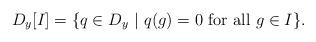
LaTeX: \begin{align*}D_y[I] = \{q\in D_y~|~q(g)=0\hbox{~for all~}g\in I\}.\end{align*}